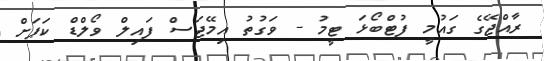
ރާއްޖޭގެ ގައުމީ ފުޓްބޯޅަ ޓީމު - ވަގުތު އިމޭޖަސް ފައިލް ވޯލްޑް ކަޕަށް